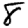
Digit: 8